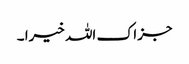
جزاک اللہ خیرا ۔